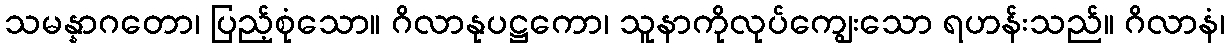
သမန္နာဂတော၊ ပြည့်စုံသော။ ဂိလာနုပဋ္ဌကော၊ သူနာကိုလုပ်ကျွေးသော ရဟန်းသည်။ ဂိလာနံ၊